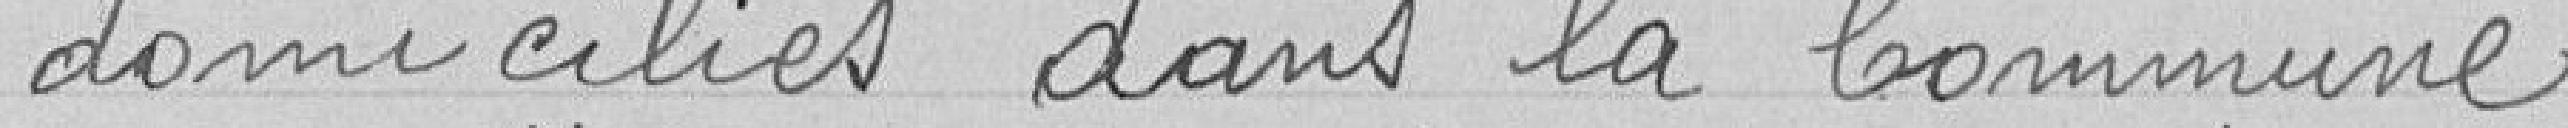
domiciliés dans la commune.